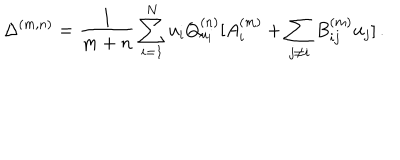
LaTeX: \Delta ^ { ( m , n ) } = \frac { 1 } { m + n } \sum _ { i = 1 } ^ { N } u _ { i } Q _ { u _ { i } } ^ { ( n ) } [ A _ { i } ^ { ( m ) } + \sum _ { j \neq i } B _ { i j } ^ { ( m ) } u _ { j } ] \, .